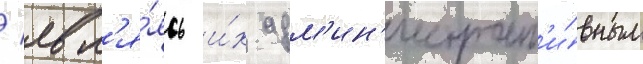
/ явл'я́ясь и́х адм'ин'истрат'и́вным